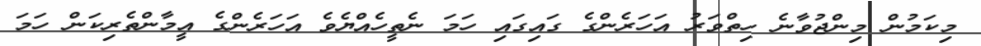
މިކަމުން މިންޖުވާނެ ހިތްވަރު އަހަރެންގެ ގައިގައި ހަމަ ނެތީހެއްޔެވެ އަހަރެންގެ އީމާންތެރިކަން ހަމަ